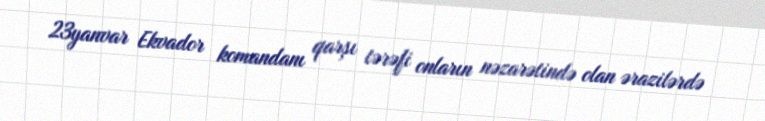
23yanvar Ekvador komandanı qarşı tərəfi onların nəzarətində olan ərazilərdə